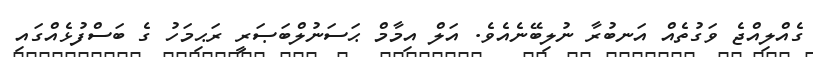
ގެއްލިއްޖެ ވަގުތެއް އަނބުރާ ނުލިބޭނެއެެވެ. އަލް އިމާމް ޙަސަނުލްބަޞަރީ ރަޙިމަހު ގެ ބަސްފުޅެއްގައި